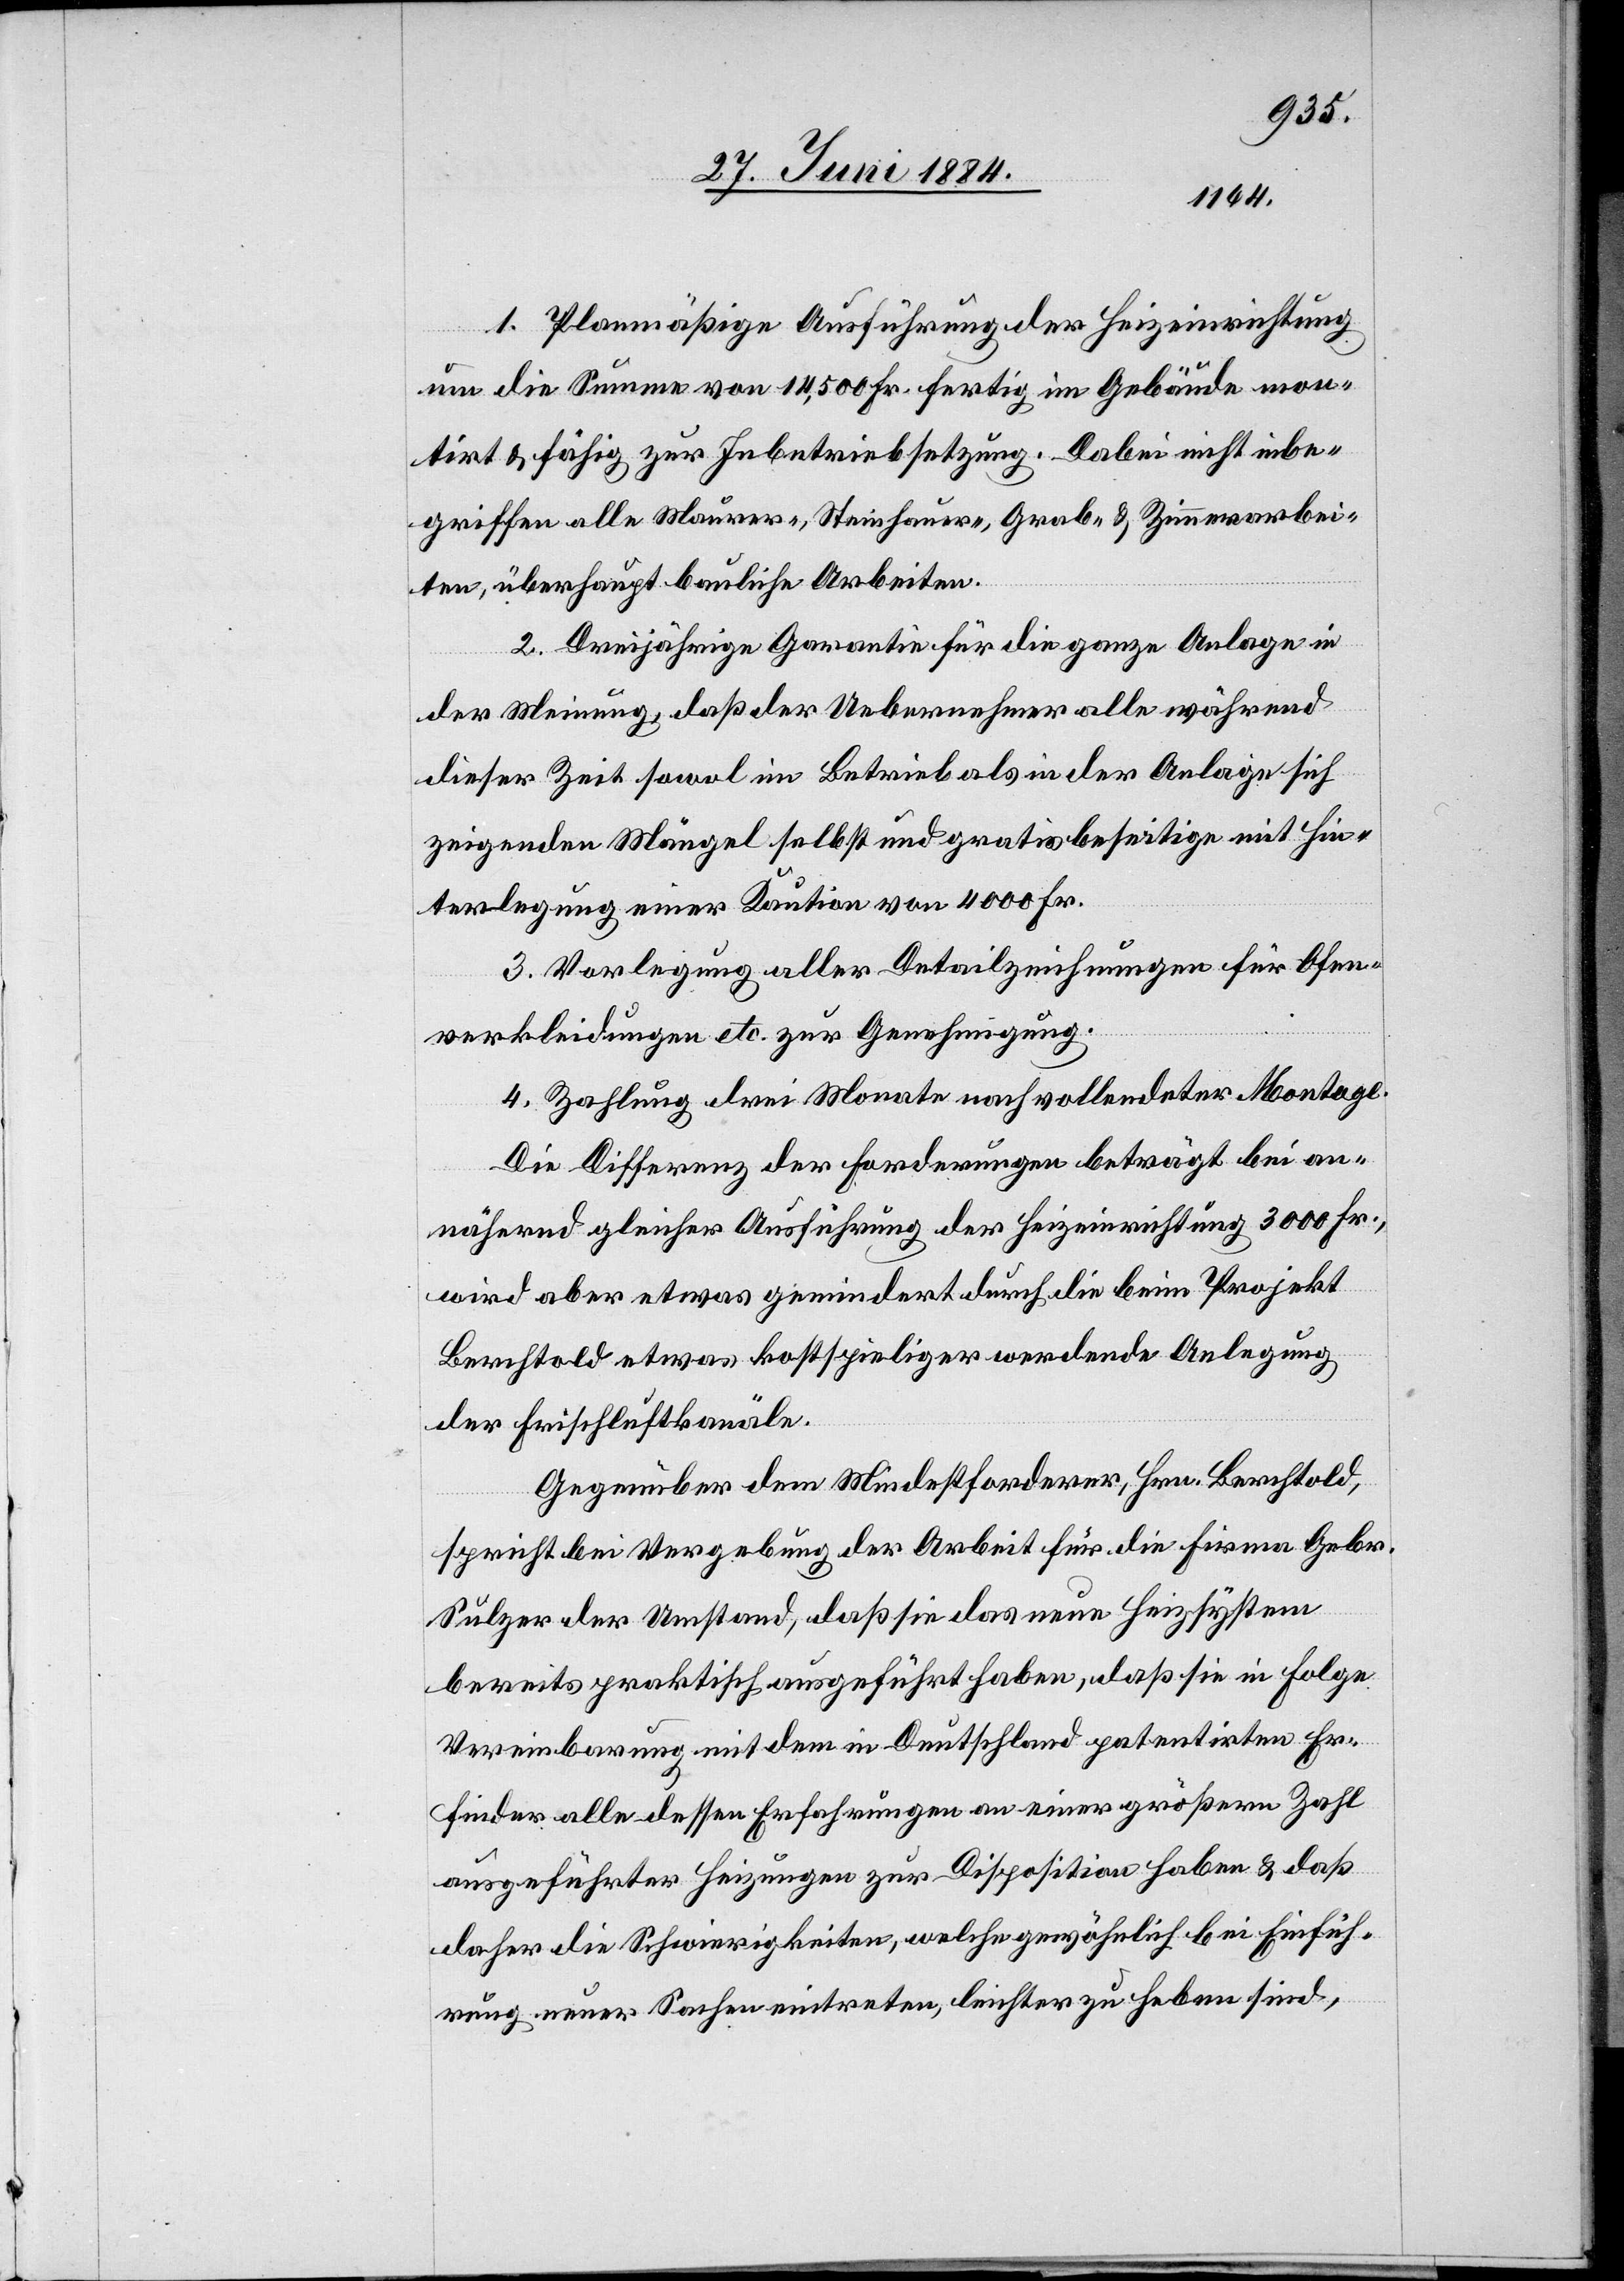
1. Planmäßige Ausführung der Heizeinrichtung
um die Summe von 14,500 Fr. fertig im Gebäude mon¬
tirt & fähig zur Inbetriebsetzung. Dabei nicht inbe¬
griffen alle Maurer-, Steinhauer, Grab- & Zimmerarbei¬
ten, überhaupt bauliche Arbeiten.
2. Dreijährige Garantie für die ganze Anlage in
der Meinung, daß der Uebernehmer alle während
dieser Zeit sowol im Betrieb als in der Anlage sich
zeigenden Mängel selbst und gratis beseitige mit Hin¬
terlegung einer Kaution von 4000 Fr.
3. Vorlegung aller Detailzeichnungen für Ofen¬
verkleidungen etc. zur Genehmigung.
4. Zahlung drei Monate nach vollendeter Montage.
Die Differenz der Forderungen beträgt bei an¬
nähernd gleicher Ausführung der Heizeinrichtung 3000 Fr.,
wird aber etwas gemindert durch die beim Projekt
Berchtold etwas kostspieliger werdende Anlegung
der Frischluftkanäle.
Gegenüber dem Mindestforderer, Hrn. Berchtold,
spricht bei Vergebung der Arbeit für die Firma Gebr.
Sulzer der Umstand, daß sie das neue Heizsystem
bereits praktisch ausgeführt haben, daß sie in Folge
Vereinbarung mit dem in Deutschland patentirten Er¬
finder alle dessen Erfahrungen an einer größern Zahl
ausgeführter Heizungen zur Disposition haben & daß
daher die Schwierigkeiten, welche gewöhnlich bei Einfüh¬
rung neuer Sachen eintreten, leichter zu haben sind,